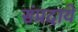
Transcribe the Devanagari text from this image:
संप्रदाये